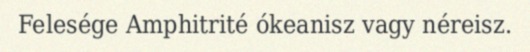
Felesége Amphitrité ókeanisz vagy néreisz.